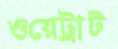
ওয়েট্রাট